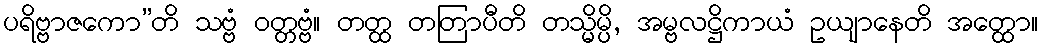
ပရိဗ္ဗာဇကော”တိ သဗ္ဗံ ဝတ္တဗ္ဗံ။ တတ္ထ တတြာပီတိ တသ္မိမ္ပိ, အမ္ဗလဋ္ဌိကာယံ ဥယျာနေတိ အတ္ထော။